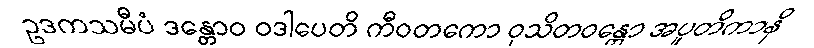
ဥဒကသမီပံ ဒန္တောဝ ဝဒါပေတိ ကီဝတကော ဝုသိတဝန္တော အပူတိကာနိ